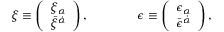
\xi \equiv \left( \begin{array} { l } { { \xi _ { \alpha } } } \\ { { \bar { \xi } ^ { \dot { \alpha } } } } \end{array} \right) , \qquad \qquad \epsilon \equiv \left( \begin{array} { l } { { \epsilon _ { \alpha } } } \\ { { \bar { \epsilon } ^ { \dot { \alpha } } } } \end{array} \right) ,